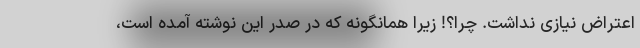
اعتراض نیازی نداشت. چرا؟! زیرا همانگونه که در صدر این نوشته آمده است،